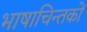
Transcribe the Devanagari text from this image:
भाषाचिन्तकों